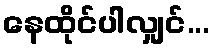
နေထိုင်ပါလျှင်...